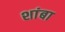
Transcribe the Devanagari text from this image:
शांबा